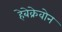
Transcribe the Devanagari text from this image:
हेबेक्रेवोन